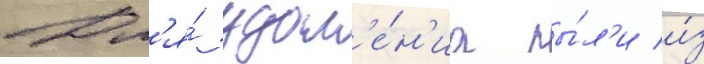
Дл'я́ удал'е́н'иа пы́л'и и́з